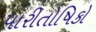
પારીતોષિકો